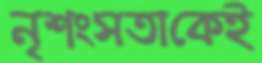
নৃশংসতাকেই